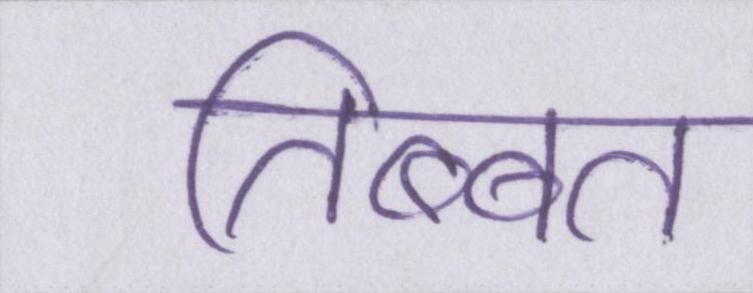
तिब्बत